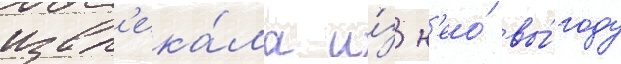
извл'ека́ла и́з н'ео́ вы́году